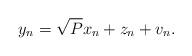
LaTeX: \begin{align*}y_n = \sqrt{P}x_n+z_n+v_n.\end{align*}